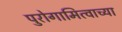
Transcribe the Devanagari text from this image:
पुरोगामित्वाच्या